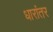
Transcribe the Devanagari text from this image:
धारांतर